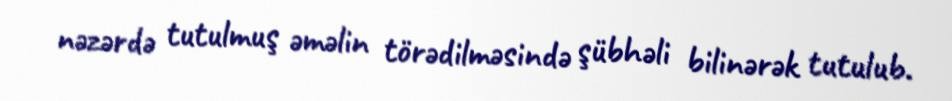
nəzərdə tutulmuş əməlin törədilməsində şübhəli bilinərək tutulub.